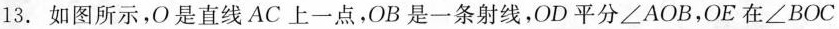
13.如图所示，O是直线AC上一点，OB是一条射线，OD平分\angle AOB，OE在\angle BOC